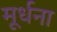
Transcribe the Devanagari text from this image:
मूर्धना